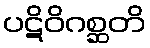
ပဋိဝိဂစ္ဆတိ